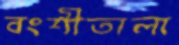
বংশীতালা